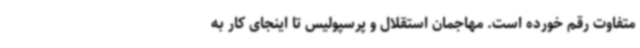
متفاوت رقم خورده است. مهاجمان استقلال و پرسپولیس تا اینجای کار به